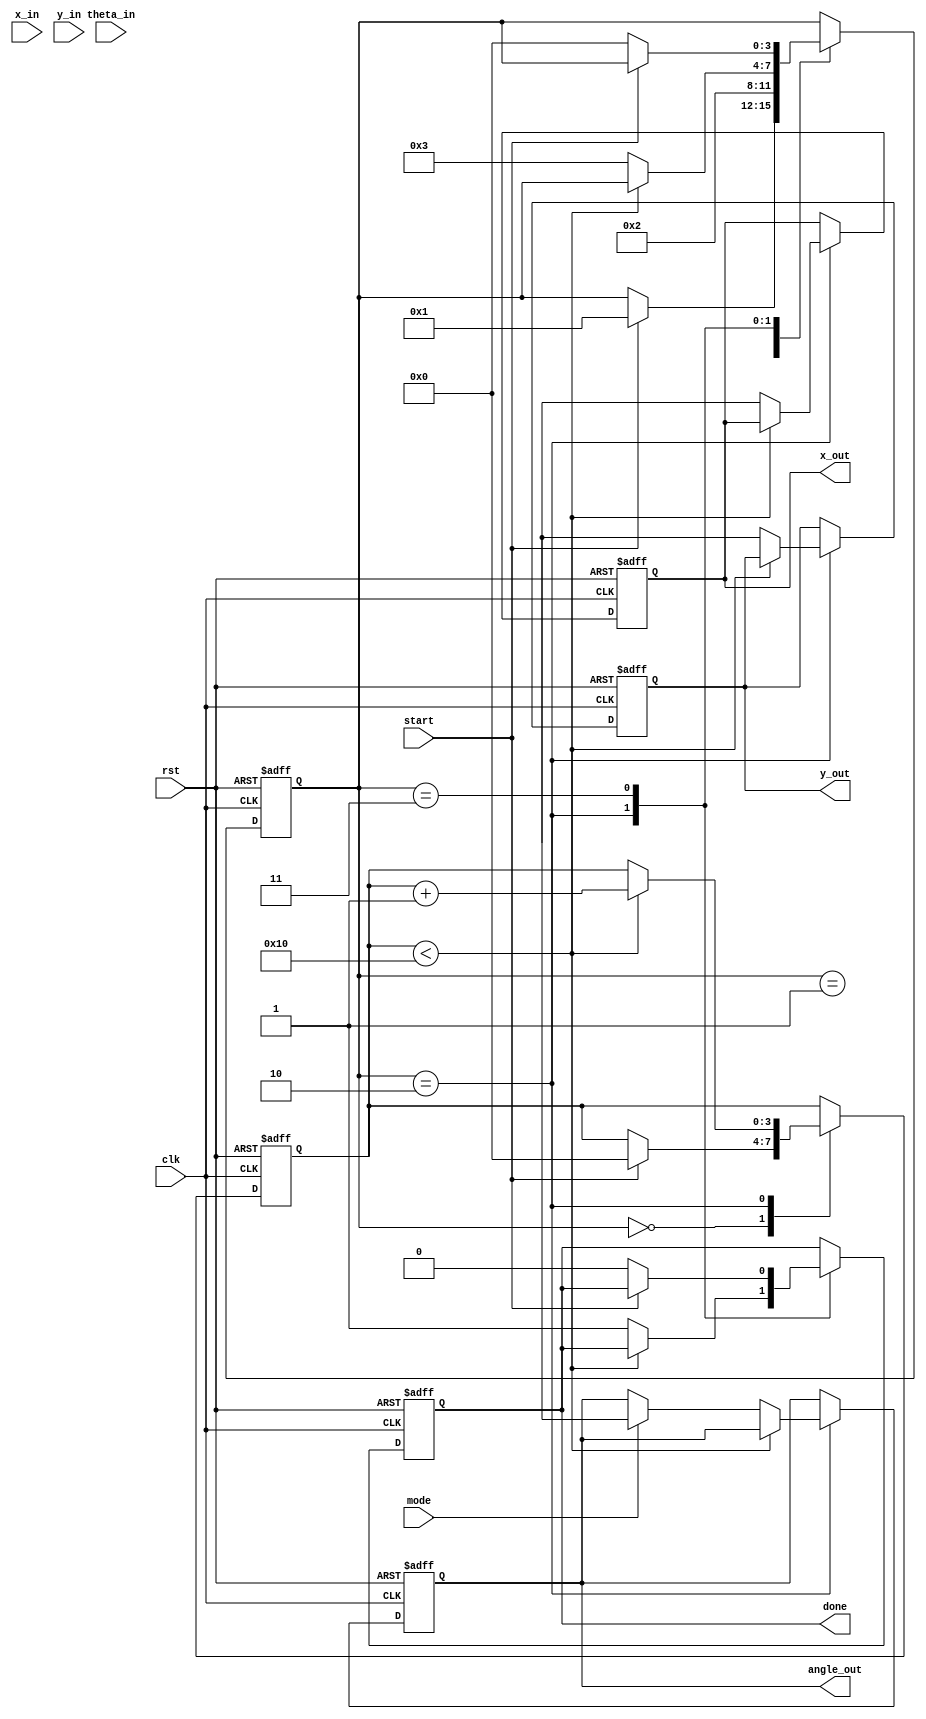
module cordic_2d (
    input wire clk,
    input wire rst,
    input wire start,
    input wire [15:0] x_in,      // Input X vector
    input wire [15:0] y_in,      // Input Y vector
    input wire [15:0] theta_in,  // Input angle (in fixed-point format)
    input wire mode,             // 0: Rotation Mode, 1: Vector Mode
    output reg [15:0] x_out,     // Output X vector
    output reg [15:0] y_out,     // Output Y vector
    output reg [15:0] angle_out,  // Output angle (only in Vector Mode)
    output reg done              // Done signal
);

    // CORDIC parameters
    parameter NUM_ITERATIONS = 16; // Number of iterations
    reg [15:0] x [0:NUM_ITERATIONS-1];
    reg [15:0] y [0:NUM_ITERATIONS-1];
    reg [15:0] z [0:NUM_ITERATIONS-1];
    reg [15:0] angle_table [0:NUM_ITERATIONS-1]; // Pre-computed arctan values
    reg [3:0] state; // FSM state
    reg [3:0] iteration; // Iteration counter

    // Initialize angle table (arctan values)
    initial begin
        angle_table[0] = 16'h2000; // atan(2^-0)
        angle_table[1] = 16'h1000; // atan(2^-1)
        angle_table[2] = 16'h0800; // atan(2^-2)
        angle_table[3] = 16'h0400; // atan(2^-3)
        angle_table[4] = 16'h0200; // atan(2^-4)
        angle_table[5] = 16'h0100; // atan(2^-5)
        angle_table[6] = 16'h0080; // atan(2^-6)
        angle_table[7] = 16'h0040; // atan(2^-7)
        angle_table[8] = 16'h0020; // atan(2^-8)
        angle_table[9] = 16'h0010; // atan(2^-9)
        angle_table[10] = 16'h0008; // atan(2^-10)
        angle_table[11] = 16'h0004; // atan(2^-11)
        angle_table[12] = 16'h0002; // atan(2^-12)
        angle_table[13] = 16'h0001; // atan(2^-13)
        angle_table[14] = 16'h0000; // atan(2^-14)
        angle_table[15] = 16'h0000; // atan(2^-15)
    end

    // FSM states
    localparam IDLE = 0;
    localparam INIT = 1;
    localparam CALC = 2;
    localparam DONE = 3;

    // Main FSM
    always @(posedge clk or posedge rst) begin
        if (rst) begin
            state <= IDLE;
            done <= 0;
            iteration <= 0;
            x_out <= 0;
            y_out <= 0;
            angle_out <= 0;
        end else begin
            case (state)
                IDLE: begin
                    if (start) begin
                        x[0] <= x_in;
                        y[0] <= y_in;
                        z[0] <= theta_in;
                        iteration <= 0;
                        state <= INIT;
                    end
                end
                INIT: begin
                    // Initialize for CORDIC iterations
                    x[iteration] <= x[0];
                    y[iteration] <= y[0];
                    z[iteration] <= z[0];
                    state <= CALC;
                end
                CALC: begin
                    if (iteration < NUM_ITERATIONS) begin
                        // Perform CORDIC rotation
                        if (z[iteration] < 0) begin
                            // Rotate clockwise
                            x[iteration + 1] <= x[iteration] + (y[iteration] >> iteration);
                            y[iteration + 1] <= y[iteration] - (x[iteration] >> iteration);
                            z[iteration + 1] <= z[iteration] + angle_table[iteration];
                        end else begin
                            // Rotate counter-clockwise
                            x[iteration + 1] <= x[iteration] - (y[iteration] >> iteration);
                            y[iteration + 1] <= y[iteration] + (x[iteration] >> iteration);
                            z[iteration + 1] <= z[iteration] - angle_table[iteration];
                        end
                        iteration <= iteration + 1;
                    end else begin
                        // Final output assignment
                        x_out <= x[NUM_ITERATIONS];
                        y_out <= y[NUM_ITERATIONS];
                        if (mode) begin
                            angle_out <= z[NUM_ITERATIONS];
                        end
                        done <= 1;
                        state <= DONE;
                    end
                end
                DONE: begin
                    if (!start) begin
                        done <= 0;
                        state <= IDLE;
                    end
                end
            endcase
        end
    end
endmodule